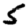
Digit: 5